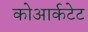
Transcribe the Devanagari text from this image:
कोआर्कटेट